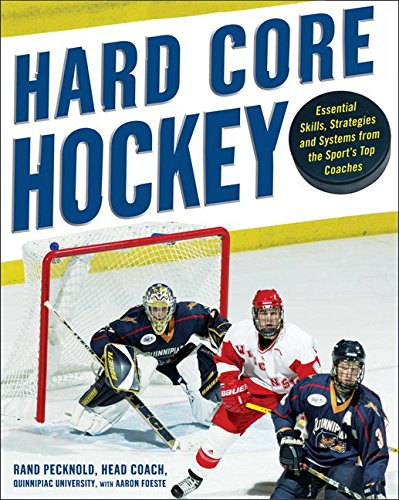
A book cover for Hard Core Hockey: Essential Skills, Strategies, and Systems from the Sport's Top Coaches; Rand Pecknold; Sports & Outdoors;